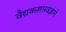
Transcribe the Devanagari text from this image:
वैद्यकशास्त्रज्ञाने